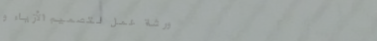
ورشة عمل لتصميم الأزياء و